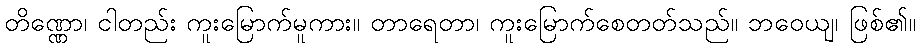
တိဏ္ဏော၊ ငါတည်း ကူးမြောက်မူကား။ တာရေတာ၊ ကူးမြောက်စေတတ်သည်။ ဘဝေယျ၊ ဖြစ်၏။